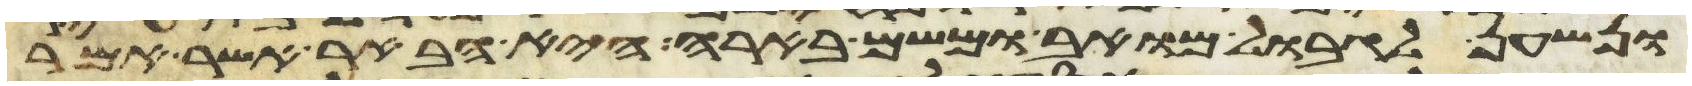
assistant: ונשען לגבול מואב ומשם בארה היא הבאר אשר אמר